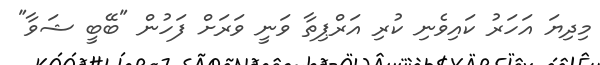
މިދިޔަ އަހަރު ކައިވެނި ކުރި އަރްޕިތާ ވަނީ ވަރަށް ފަހުން "ބޭބީ ޝަވާ"